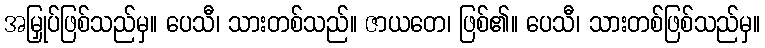
အမြှုပ်ဖြစ်သည်မှ။ ပေသီ၊ သားတစ်သည်။ ဇာယတေ၊ ဖြစ်၏။ ပေသီ၊ သားတစ်ဖြစ်သည်မှ။